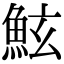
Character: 鮌